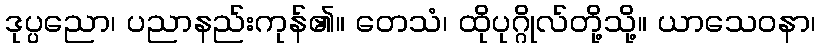
ဒုပ္ပညော၊ ပညာနည်းကုန်၏။ တေသံ၊ ထိုပုဂ္ဂိုလ်တို့သို့။ ယာသေဝနာ၊